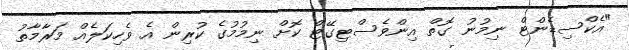
"އެކްސިޑެންޓް ނިމުނު ގޮތް އިންވެސްޓިގޭޓް ކޮށް ނިމުމުގެ ކުރިން އެ ވެހިކަލެއް މަރާމާތު